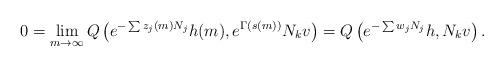
LaTeX: \begin{align*}0 = \lim_{m \to \infty} Q \left( e^{-\sum z_j(m) N_j} h(m), e^{\Gamma(s(m))} N_k v \right) = Q \left( e^{-\sum w_j N_j} h, N_k v \right).\end{align*}